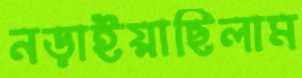
নড়াইয়াছিলাম